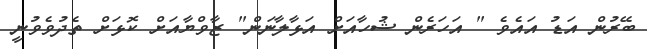
ބޭރުން އަޑު އައެވެ " އަހަރެން ޝުހާއަށް އަޅާލާނަން" ޒާވްޔާއަށް ކޮޅަށް ތެދުވެވުނީ